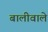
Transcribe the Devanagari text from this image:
बालीवाले